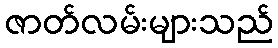
ဇာတ်လမ်းများသည်